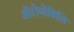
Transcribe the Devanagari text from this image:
ऑटोमोबिलि